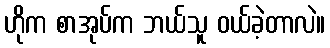
ဟိုက စာအုပ်က ဘယ်သူ ဝယ်ခဲ့တာလဲ။